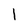
Character: 1